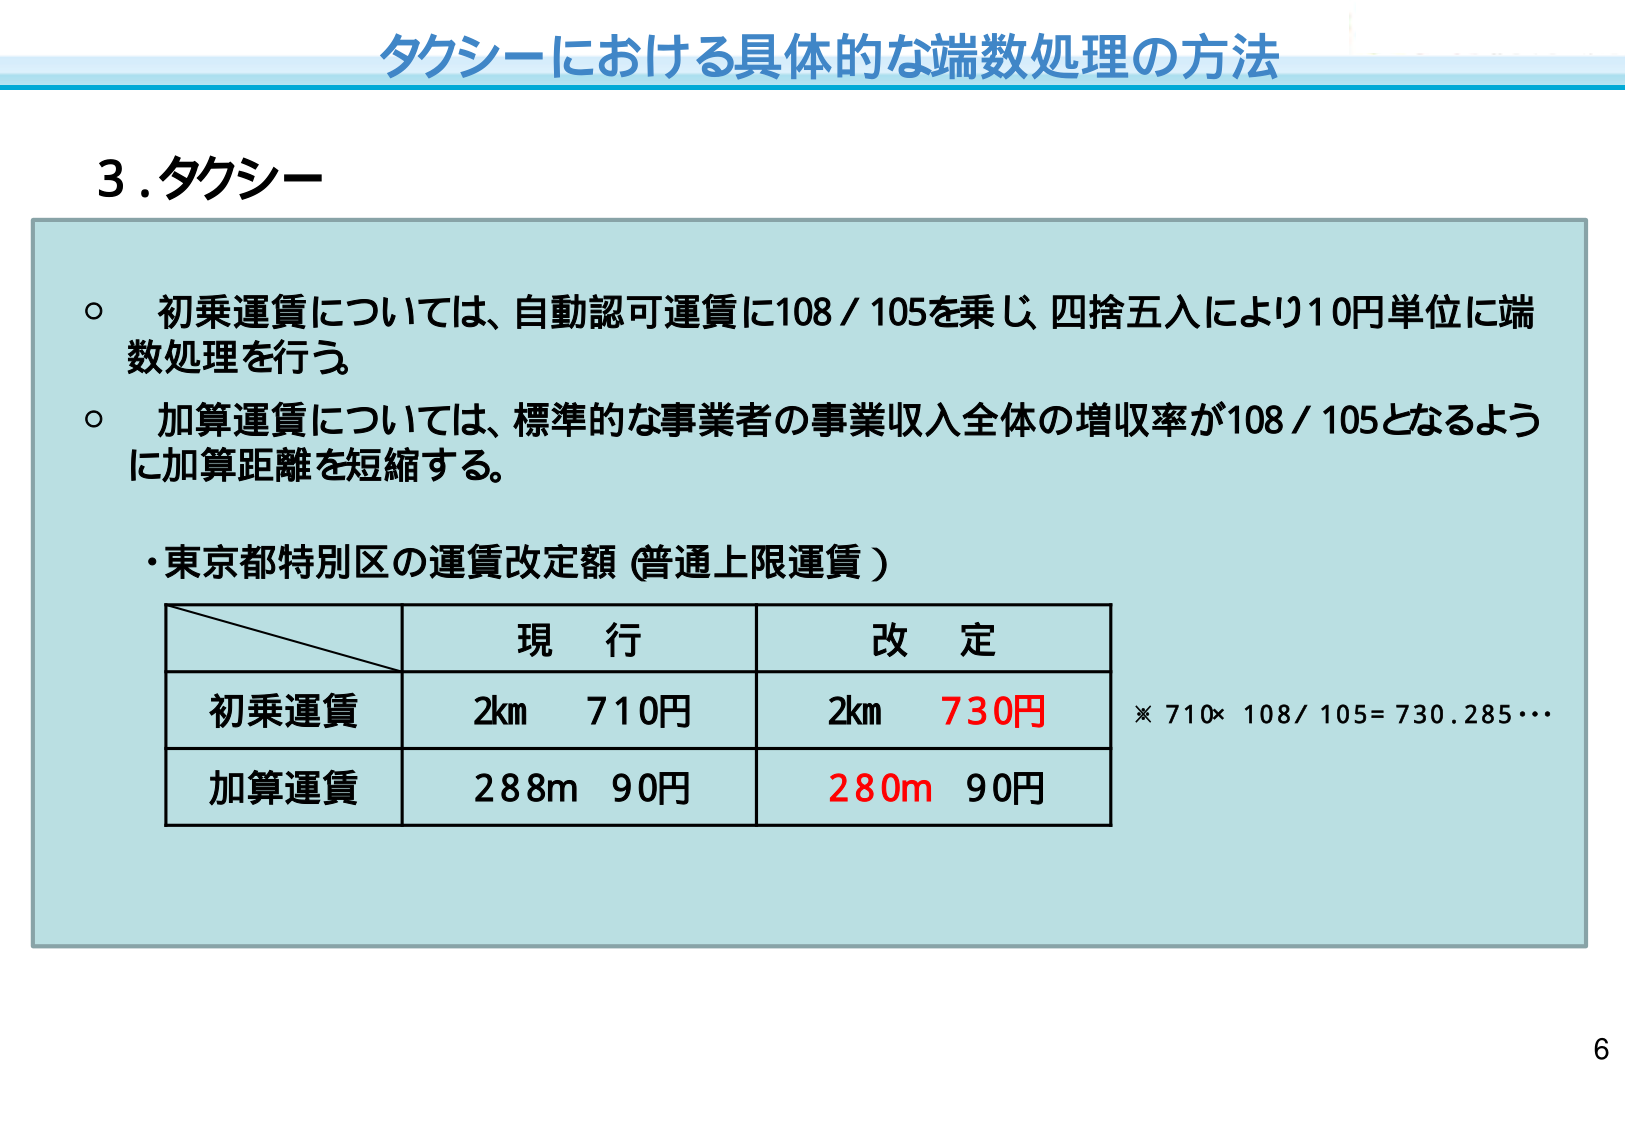
タクシーにおける具体的な端数処理の方法

３．タクシー

○ 初乗運賃については、自動認可運賃に108／105を乗じ、四捨五入により10円単位に端数処理を行う。

○ 加算運賃については、標準的な事業者の事業収入全体の増収率が108／105となるように加算距離を短縮する。

・東京都特別区の運賃改定額（普通上限運賃）

　　　　　　　　現　行　　　　　　改　定
初乗運賃　　　　2km　710円　　　　2km　730円
加算運賃　　　　288m　90円　　　　280m　90円

※ 710×108/105=730.285…

6